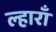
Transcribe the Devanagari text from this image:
ल्हाराँ